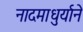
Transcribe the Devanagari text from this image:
नादमाधुर्याने